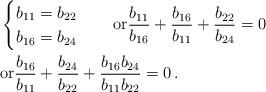
LaTeX: \begin{align*} & \begin{cases} b_{11}=b_{22}\\ b_{16}=b_{24} \end{cases}\quad\mathrm{or} \frac{b_{11}}{b_{16}}+\frac{b_{16}}{b_{11}}+\frac{b_{22}}{b_{24}}=0\\ & \mathrm{or} \frac{b_{16}}{b_{11}}+\frac{b_{24}}{b_{22}}+\frac{b_{16}b_{24}}{b_{11}b_{22}}=0 \, .\end{align*}